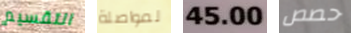
التقسيم لمواصلة 45.00 حصص